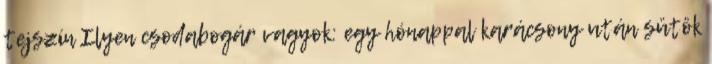
tejszín Ilyen csodabogár vagyok: egy hónappal karácsony után sütök